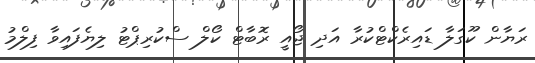
ރަޔާން ކޫގަލާ ޑައިރެކްޓްކުރާ އަދި ޖޯއީ ރޮބާޓް ކޯލް ސްކުރިޕްޓު ލިޔެފައިވާ ފިލްމު